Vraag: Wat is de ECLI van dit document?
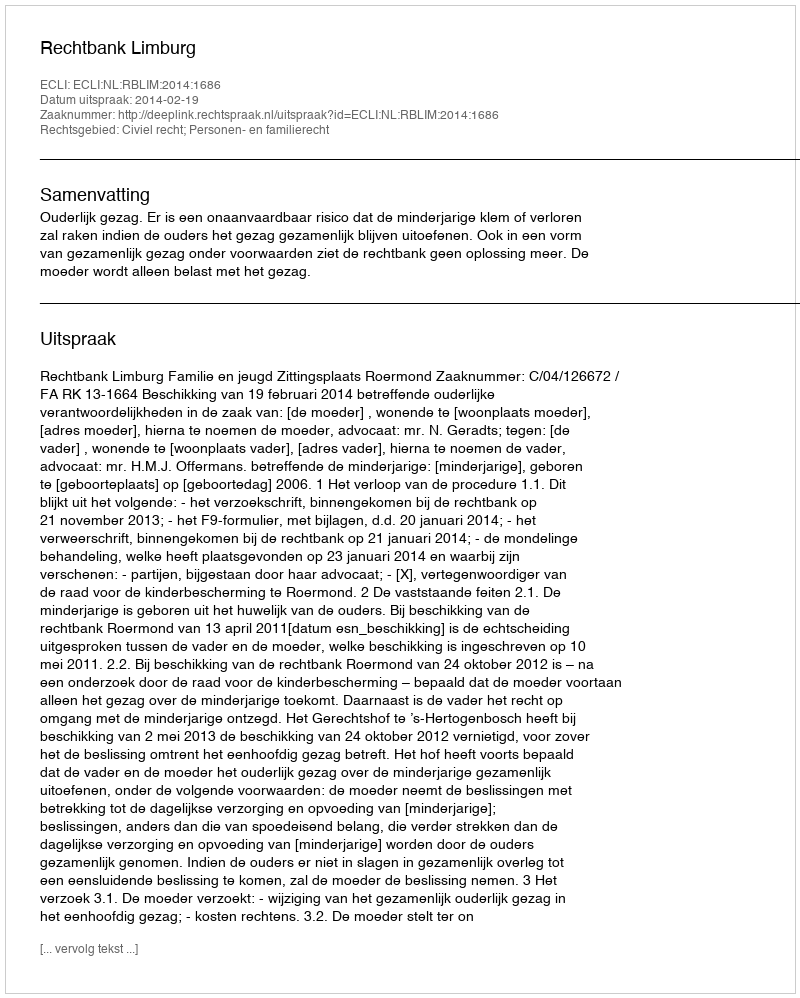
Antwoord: ECLI:NL:RBLIM:2014:1686